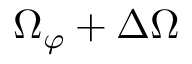
\Omega _ { \varphi } + \Delta \Omega